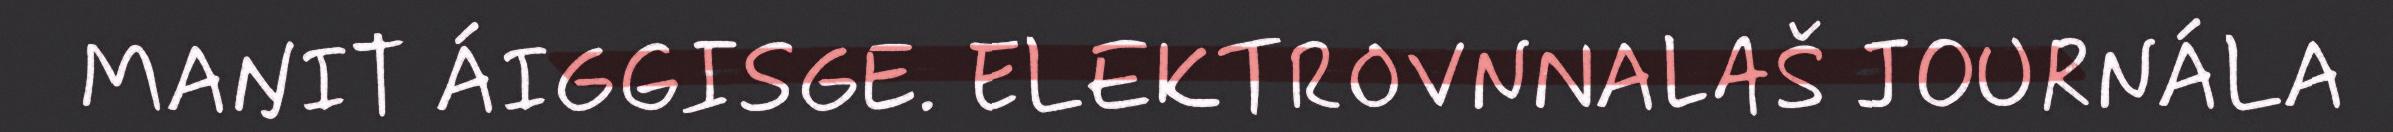
MAŊIT ÁIGGISGE. ELEKTROVNNALAŠ JOURNÁLA